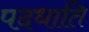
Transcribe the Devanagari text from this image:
पदधाति